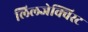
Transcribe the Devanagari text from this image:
लिलजेक्विस्ट